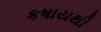
કષાયથી